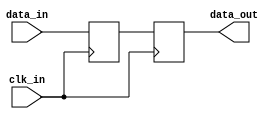
module latch_delay (
    input wire clk_in, 
    input wire [7:0] data_in, 
    output reg [7:0] data_out
);

reg [7:0] latched_data;

always @(posedge clk_in) begin
    latched_data <= data_in;
end

always @(posedge clk_in) begin
    data_out <= latched_data;
end

endmodule